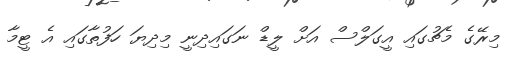
މިރޭގެ މެޗުގައި އީގަލްސް އަށް ލީޑް ނަގައިދިނީ މިދިޔަ ހަފުތާގައި އެ ޓީމާ